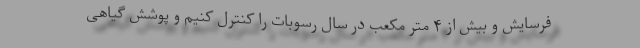
فرسایش و بیش از ۴ متر مکعب در سال رسوبات را کنترل کنیم و پوشش گیاهی